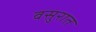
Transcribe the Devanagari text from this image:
वसुरात